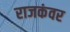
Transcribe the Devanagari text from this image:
राजकंवर